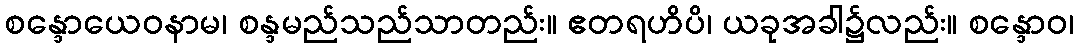
စန္ဒောယေဝနာမ၊ စန္ဒမည်သည်သာတည်း။ ဧတရဟိပိ၊ ယခုအခါ၌လည်း။ စန္ဒောဝ၊